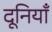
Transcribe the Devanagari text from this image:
दूनियाँ